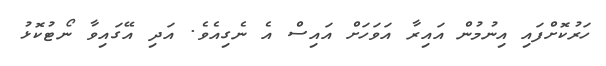
ހަރުކޮށްފައި އިނުމުން އައިރާ އަވަހަށް އައިސް އެ ނެގިއެވެ. އަދި އޭގައިވާ ނޯޓުކޮޅު